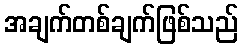
အချက်တစ်ချက်ဖြစ်သည်